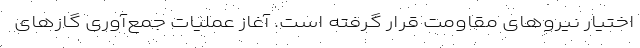
اختیار نیروهای مقاومت قرار گرفته است. آغاز عملیات جمع‌آوری گازهای